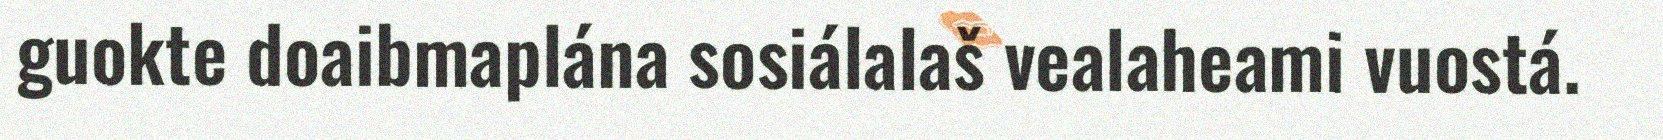
guokte doaibmaplána sosiálalaš vealaheami vuostá.